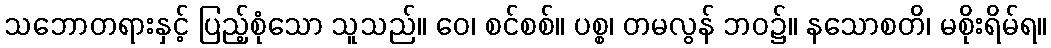
သဘောတရားနှင့် ပြည့်စုံသော သူသည်။ ဝေ၊ စင်စစ်။ ပစ္စ၊ တမလွန် ဘဝ၌။ နသောစတိ၊ မစိုးရိမ်ရ။